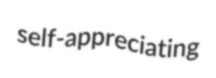
self-appreciating